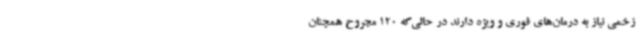
زخمی نیاز به درمان‌های فوری و ویژه دارند در حالی‌که 120 مجروح همچنان